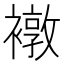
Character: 𧝋